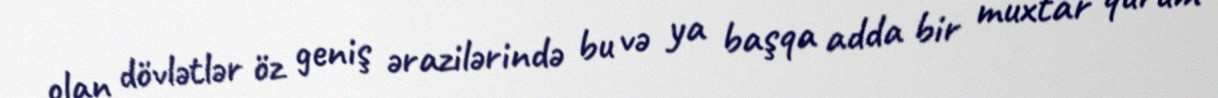
olan dövlətlər öz geniş ərazilərində bu və ya başqa adda bir muxtar qurum